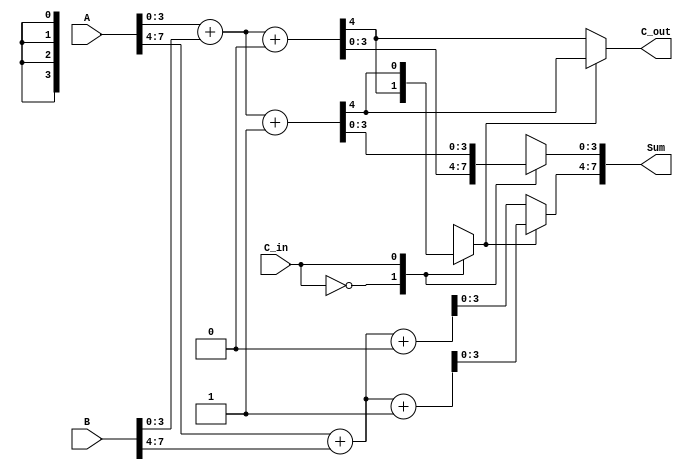
module DCSA (
    input [7:0] A,         // 8-bit input A
    input [7:0] B,         // 8-bit input B
    input C_in,            // Carry-in
    output reg [7:0] Sum,  // 8-bit Sum output
    output reg C_out       // Carry-out
);

    // Internal signals
    wire [3:0] sum0, sum1;  // Intermediate sums for segment 0
    wire [3:0] sum2, sum3;  // Intermediate sums for segment 1
    wire c0, c1;            // Carry out for segments
    wire c_select0, c_select1; // Carry select for segments

    // Segment 0 (4 bits)
    assign {c0, sum0} = A[3:0] + B[3:0] + 1'b0; // Assume C_in = 0
    assign {c1, sum1} = A[3:0] + B[3:0] + 1'b1; // Assume C_in = 1

    // Segment 1 (4 bits)
    wire [3:0] sum2_temp, sum3_temp;
    assign {c0, sum2_temp} = A[7:4] + B[7:4] + 1'b0; // Assume C_in = 0
    assign {c1, sum3_temp} = A[7:4] + B[7:4] + 1'b1; // Assume C_in = 1

    // Carry Select Logic
    always @(*) begin
        // Select sums based on carry-in
        case (C_in)
            1'b0: begin
                Sum[3:0] = sum0;   // Sum when C_in = 0
                C_out = c0;        // Carry-out when C_in = 0
            end
            1'b1: begin
                Sum[3:0] = sum1;   // Sum when C_in = 1
                C_out = c1;        // Carry-out when C_in = 1
            end
        endcase
        
        // Final carry-out logic
        if (C_out) begin
            Sum[7:4] = sum3_temp; // If carry-out from first segment, use sum with carry-in = 1
            C_out = c1;           // Update Carry-out
        end else begin
            Sum[7:4] = sum2_temp; // If no carry-out, use sum with carry-in = 0
            C_out = c0;           // Update Carry-out
        end
    end

endmodule